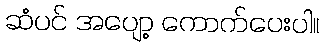
ဆံပင် အပျော့ ကောက်ပေးပါ။